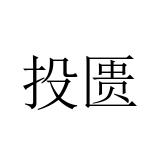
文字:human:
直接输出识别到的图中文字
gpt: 投匮